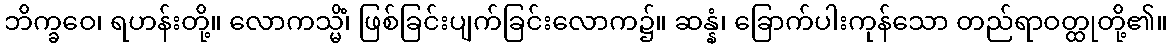
ဘိက္ခဝေ၊ ရဟန်းတို့။ လောကသ္မိံ၊ ဖြစ်ခြင်းပျက်ခြင်းလောက၌။ ဆန္နံ၊ ခြောက်ပါးကုန်သော တည်ရာဝတ္ထုတို့၏။